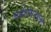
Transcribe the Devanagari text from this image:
चर्मशोधनशाला